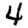
Digit: 4